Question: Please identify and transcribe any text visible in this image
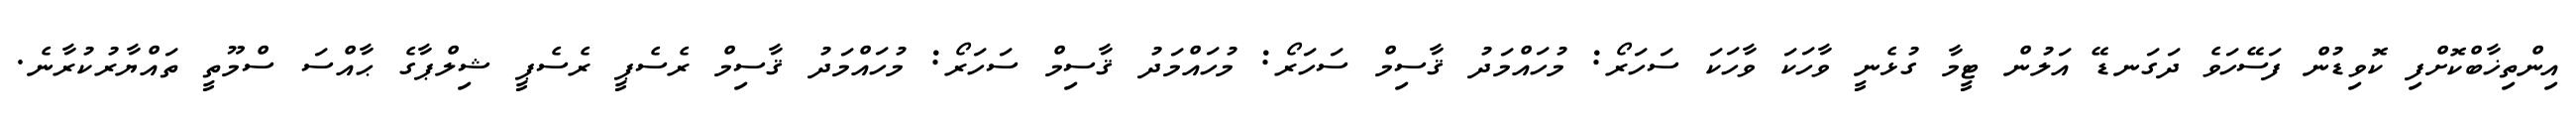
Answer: އިންތިޚާބްކޮށްފި ކޮވިޑުން ފަސޭހަވެ ދަގަނޑޭ އަލުން ޓީމާ ގުޅެނީ ވާހަކަ ވާހަކަ ސަހަރޯ: މުހައްމަދު ޤާސިމް ސަހަރޯ: މުހައްމަދު ޤާސިމް ސަހަރޯ: މުހައްމަދު ޤާސިމް ރެސެޕީ ރެސެޕީ ޝިލްޕާގެ ޙާއްސަ ސްމޫތީ ތައްޔާރުކުރާނެ.